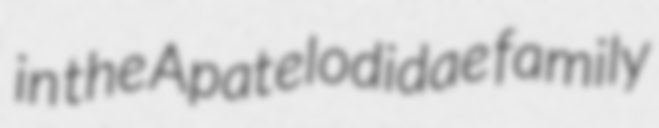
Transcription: in the Apatelodidae family